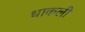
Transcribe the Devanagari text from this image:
धाकली